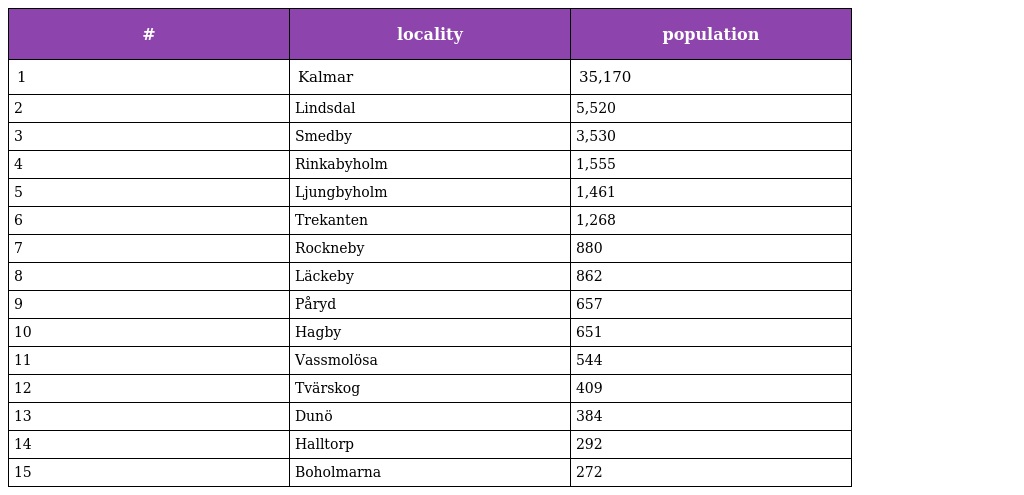
| # | locality | population |
 | --- | --- | --- |
 | 1 | Kalmar | 35,170 |
 | 2 | Lindsdal | 5,520 |
 | 3 | Smedby | 3,530 |
 | 4 | Rinkabyholm | 1,555 |
 | 5 | Ljungbyholm | 1,461 |
 | 6 | Trekanten | 1,268 |
 | 7 | Rockneby | 880 |
 | 8 | Läckeby | 862 |
 | 9 | Påryd | 657 |
 | 10 | Hagby | 651 |
 | 11 | Vassmolösa | 544 |
 | 12 | Tvärskog | 409 |
 | 13 | Dunö | 384 |
 | 14 | Halltorp | 292 |
 | 15 | Boholmarna | 272 |